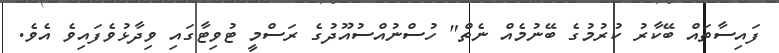
ފައިސާތައް ބޭކާރު ކުރުމުގެ ބޭނުމެއް ނެތް" ހުސްނުއްސުއޫދުގެ ރަސްމީ ޓުވިޓާގައި ވިދާޅުވެފައިވެ އެވެ.